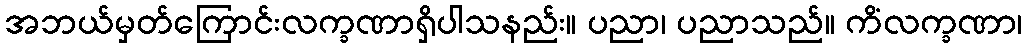
အဘယ်မှတ်ကြောင်းလက္ခဏာရှိပါသနည်း။ ပညာ၊ ပညာသည်။ ကိံလက္ခဏာ၊